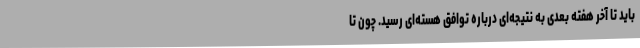
باید تا آخر هفته بعدی به نتیجه‌ای درباره توافق هسته‌ای رسید. چون تا